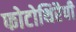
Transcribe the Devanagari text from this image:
फोटोथिरैपी